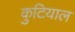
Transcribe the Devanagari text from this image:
कुटियाल